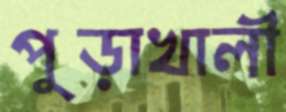
পুড়াখালী